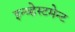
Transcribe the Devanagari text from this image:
इन्व्हेस्टमेन्ट